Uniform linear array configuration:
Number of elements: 16
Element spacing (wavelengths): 0.5
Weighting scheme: hann
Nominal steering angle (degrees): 15
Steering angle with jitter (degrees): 15.588
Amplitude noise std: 0.05
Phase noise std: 0.05

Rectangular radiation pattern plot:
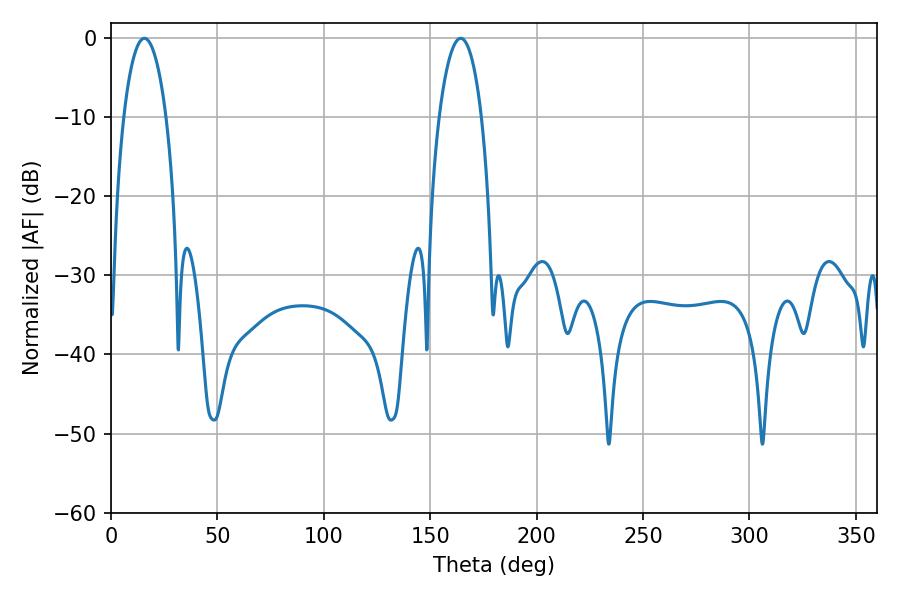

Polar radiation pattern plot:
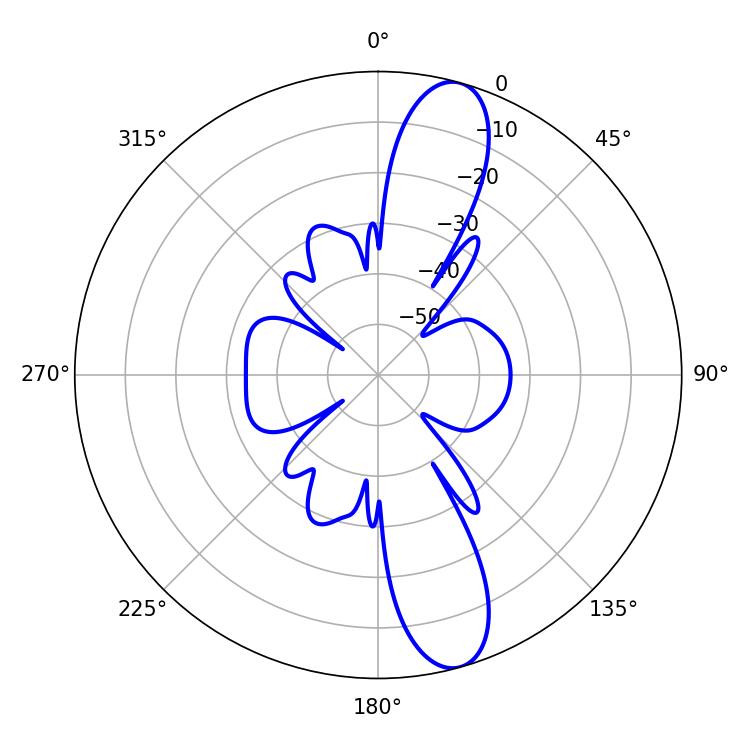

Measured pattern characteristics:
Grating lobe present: FALSE
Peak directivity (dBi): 12.521
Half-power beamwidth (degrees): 11.16
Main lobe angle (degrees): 15.66